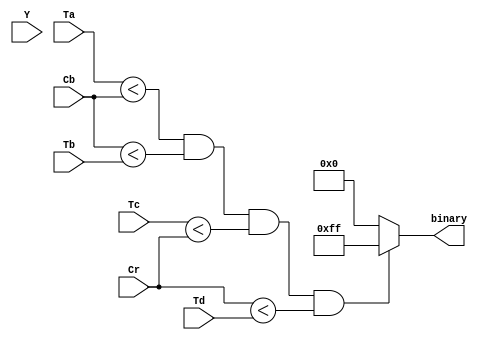
`timescale 1ns / 1ps
//////////////////////////////////////////////////////////////////////////////////
// Company: 
// 
// Design Name: 
// Module Name:    ycbcr_thresholding 
// Project Name: 
// Target Devices: 
// Tool versions: 
// Description: 
//
// Dependencies: 
//
// Revision: 
// Revision 0.01 - File Created
// Additional Comments: 
//
//////////////////////////////////////////////////////////////////////////////////
module ycbcr_thresholding(
    input [7:0] Y,
    input [7:0] Cb,
    input [7:0] Cr,
    input [7:0] Ta,
    input [7:0] Tb,
    input [7:0] Tc,
    input [7:0] Td,
    output [7:0] binary
    );

assign binary = (Ta < Cb && Cb < Tb && Tc < Cr && Cr < Td) ? 8'hFF : 8'h00; // !!!

endmodule